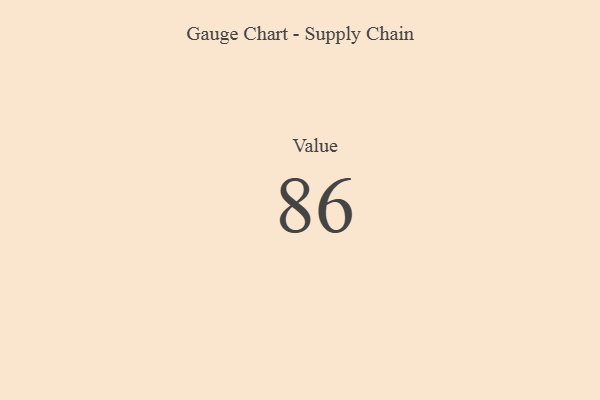
{"axis": {"x": "Metric", "y": "Value"}, "legend": [""], "data": [{"x": "Value", "y": 86, "type": ""}]}